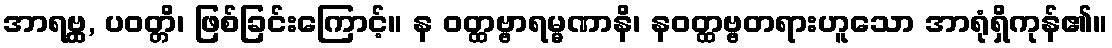
အာရဗ္ဘ္ထ, ပဝတ္တိ၊ ဖြစ်ခြင်းကြောင့်။ န ဝတ္ထဗ္ဗာရမ္မဏာနိ၊ နဝတ္ထဗ္ဗတရားဟူသော အာရုံရှိကုန်၏။